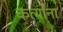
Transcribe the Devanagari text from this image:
कर्त्यांना